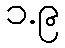
၁.၉